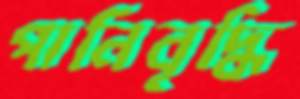
পানিবৃদ্ধি